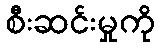
စီးဆင်းမှုကို